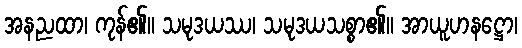
အနညထာ၊ ကုန်၏။ သမုဒယဿ၊ သမုဒယသစ္စာ၏။ အာယူဟနဋ္ဌော၊